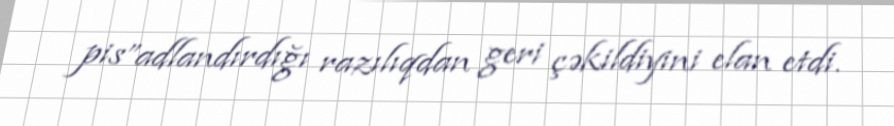
pis”adlandırdığı razılıqdan geri çəkildiyini elan etdi.